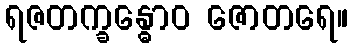
ရဇတက္ခန္ဓောဝ ဇောတရေ။